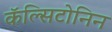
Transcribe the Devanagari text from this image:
कॅल्सिटोनिन